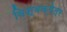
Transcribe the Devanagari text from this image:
विश्वक्षेत्र